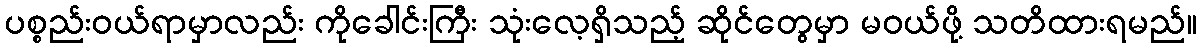
ပစ္စည်းဝယ်ရာမှာလည်း ကိုခေါင်းကြီး သုံးလေ့ရှိသည့် ဆိုင်တွေမှာ မဝယ်ဖို့ သတိထားရမည်။